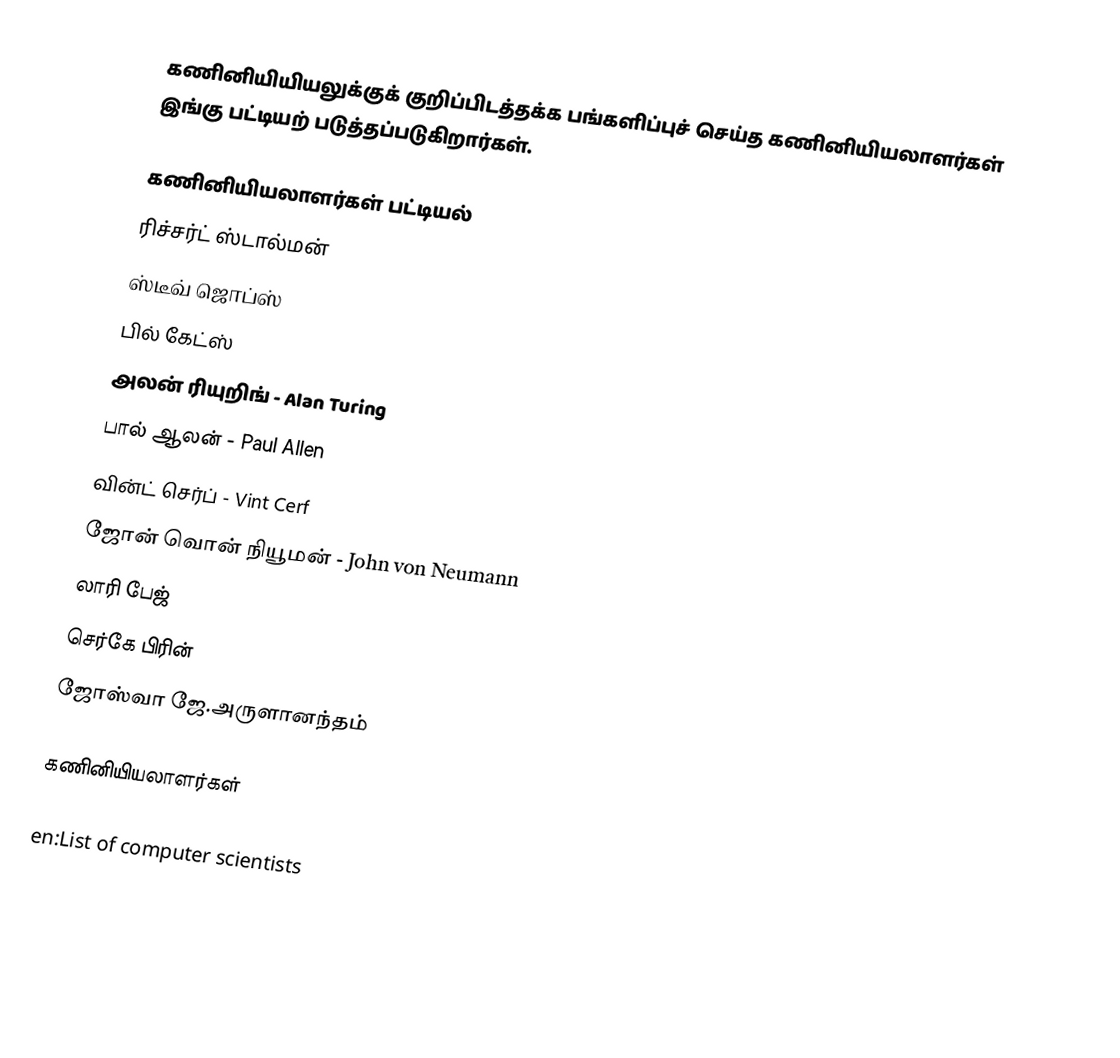
கணினியியியலுக்குக் குறிப்பிடத்தக்க பங்களிப்புச் செய்த கணினியியலாளர்கள் இங்கு பட்டியற் படுத்தப்படுகிறார்கள்.

கணினியியலாளர்கள் பட்டியல்
 ரிச்சர்ட் ஸ்டால்மன்
 ஸ்டீவ் ஜொப்ஸ்
 பில் கேட்ஸ்
 அலன் ரியுறிங் - Alan Turing
 பால் ஆலன் - Paul Allen
 வின்ட் செர்ப் - Vint Cerf
 ஜோன் வொன் நியூமன் - John von Neumann
 லாரி பேஜ்
 செர்கே பிரின்
 ஜோஸ்வா ஜே.அருளானந்தம்

கணினியியலாளர்கள்

en:List of computer scientists